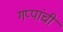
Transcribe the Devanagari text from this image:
गप्पांची